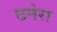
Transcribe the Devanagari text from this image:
छनेरा